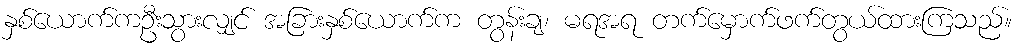
နှစ်ယောက်ကဦးသွားလျှင် အခြားနှစ်ယောက်က တွန်းချ၊ မရအရ တက်မှောက်ဖက်တွယ်ထားကြသည်။